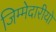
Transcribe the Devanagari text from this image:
जिम्मेदारीयो